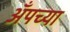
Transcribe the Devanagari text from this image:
अँपच्या